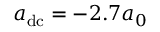
a _ { \mathrm { d c } } = - 2 . 7 a _ { 0 }